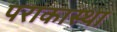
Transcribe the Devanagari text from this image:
पराकास्था